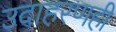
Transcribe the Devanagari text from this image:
उदाहरणही